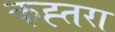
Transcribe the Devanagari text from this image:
कह्तरा